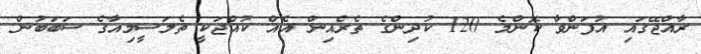
ރާއްޖޭގައި އުފަންވާ ކޮންމެ 120 ކުދިންގެ ތެރެއިން އެއް ކުއްޖަކީ ތެލަސީމިއާގެ ސަބަބުން